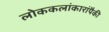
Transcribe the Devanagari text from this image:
लोककलांकारांपैकी